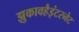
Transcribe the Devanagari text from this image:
झुकावहैइंटरनेट